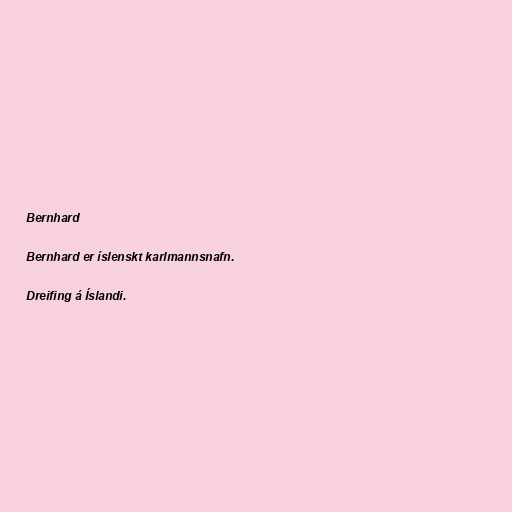
Bernhard

Bernhard er íslenskt karlmannsnafn.

Dreifing á Íslandi.